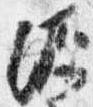
源